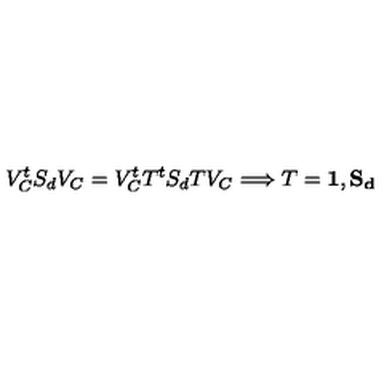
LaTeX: V _ { C } ^ { t } S _ { d } V _ { C } = V _ { C } ^ { t } T ^ { t } S _ { d } T V _ { C } \Longrightarrow T = \bf { 1 } , S _ { d }